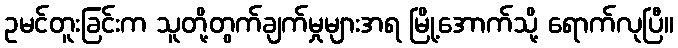
ဥမင်တူးခြင်းက သူတို့တွက်ချက်မှုများအရ မြို့အောက်သို့ ရောက်လုပြီ။